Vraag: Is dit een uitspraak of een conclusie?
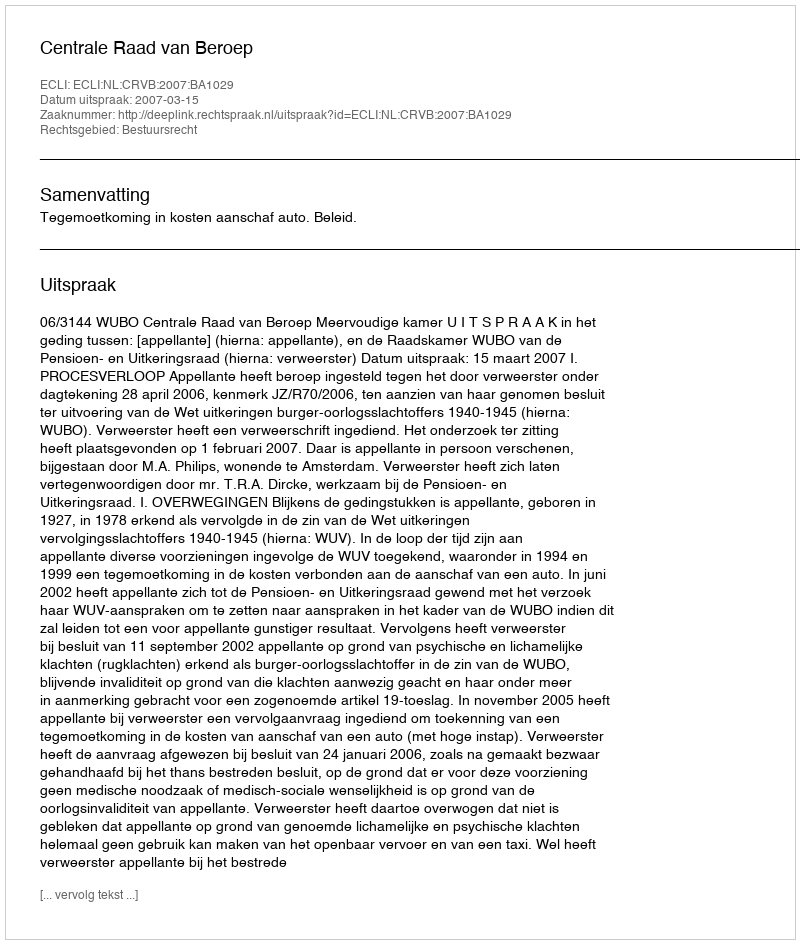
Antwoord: Uitspraak